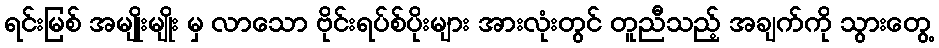
ရင်းမြစ် အမျိုးမျိုး မှ လာသော ဗိုင်းရပ်စ်ပိုးများ အားလုံးတွင် တူညီသည့် အချက်ကို သွားတွေ့